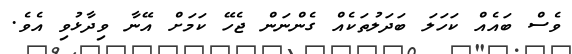
ވެސް ބައެއް ކަހަލަ ބަދަލުތަކެއް ގެންނަން ޖެހޭ ކަމަށް އޭނާ ވިދާޅުވި އެވެ.